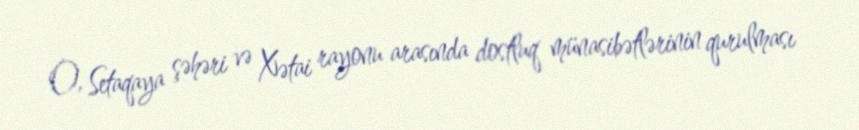
O, Setaqaya şəhəri və Xətai rayonu arasında dostluq münasibətlərinin qurulması